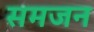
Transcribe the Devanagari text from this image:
समजन